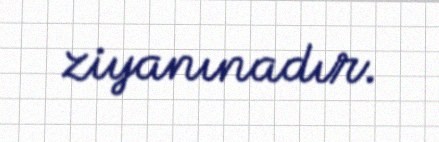
ziyanınadır.